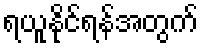
ရယူနိုင်ရန်အတွက်